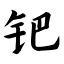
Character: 钯